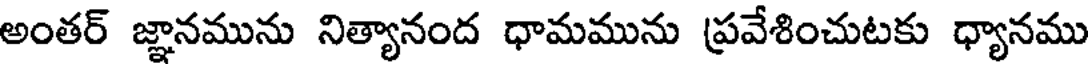
అంతర్ జ్ఞానమును నిత్యానంద ధామమును ప్రవేశించుటకు ధ్యానము